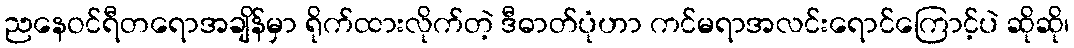
ညနေဝင်ရီတရောအချိန်မှာ ရိုက်ထားလိုက်တဲ့ ဒီဓာတ်ပုံဟာ ကင်မရာအလင်းရောင်ကြောင့်ပဲ ဆိုဆို၊